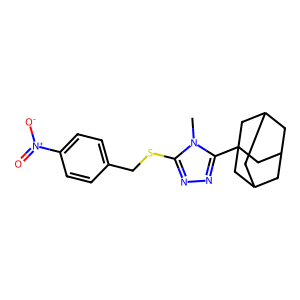
SMILES: Cn1c(SCc2ccc([N+](=O)[O-])cc2)nnc1C12CC3CC(CC(C3)C1)C2
Inhibits HIV replication: No